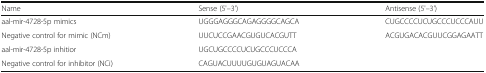
<table><thead><tr><td><b>Name</b></td><td><b>Sense (5&#x27;–3&#x27;)</b></td><td><b>Antisense (5&#x27;–3&#x27;)</b></td></tr></thead><tbody><tr><td>aal-mir-4728-5p mimics</td><td>UGGGAGGGCAGAGGGGCAGCA</td><td>CUGCCCCUCUGCCCUCCCAUU</td></tr><tr><td>Negative control for mimic (NCm)</td><td>UUCUCCGAACGUGUCACGUTT</td><td>ACGUGACACGUUCGGAGAATT</td></tr><tr><td>aal-mir-4728-5p inhitior</td><td>UGCUGCCCCUCUGCCCUCCCA</td><td></td></tr><tr><td>Negative control for inhibitor (NCi)</td><td>CAGUACUUUUGUGUAGUACAA</td><td></td></tr></tbody></table>